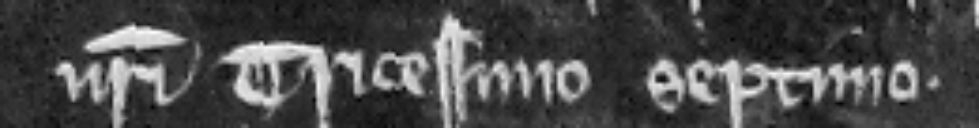
nostri tricessimo septimo.